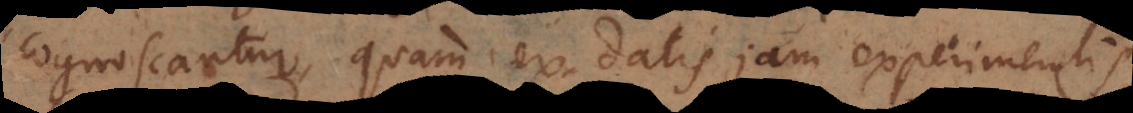
cognoscantur, quam ex datis jam experimentis